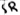
Text: SR